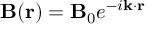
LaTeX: \mathbf { B } ( \mathbf { r } ) = \mathbf { B } _ { 0 } e ^ { - i \mathbf { k } \cdot \mathbf { r } }